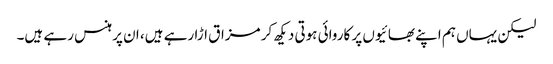
لیکن یہاں ہم اپنے بھائیوں پر کاروائی ہوتی دیکھ کر مزاق اڑا رہے ہیں، ان پر ہنس رہے ہیں۔